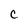
Character: C